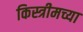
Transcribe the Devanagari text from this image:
किस्त्रीमच्या